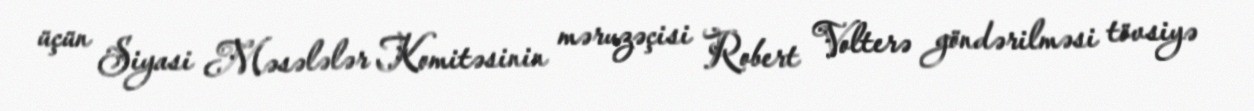
üçün Siyasi Məsələlər Komitəsinin məruzəçisi Robert Volterə göndərilməsi tövsiyə